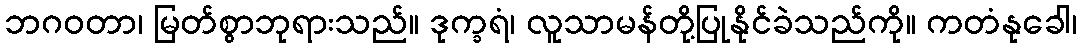
ဘဂဝတာ၊ မြတ်စွာဘုရားသည်။ ဒုက္ခရံ၊ လူသာမန်တို့ပြုနိုင်ခဲသည်ကို။ ကတံနုခေါ၊